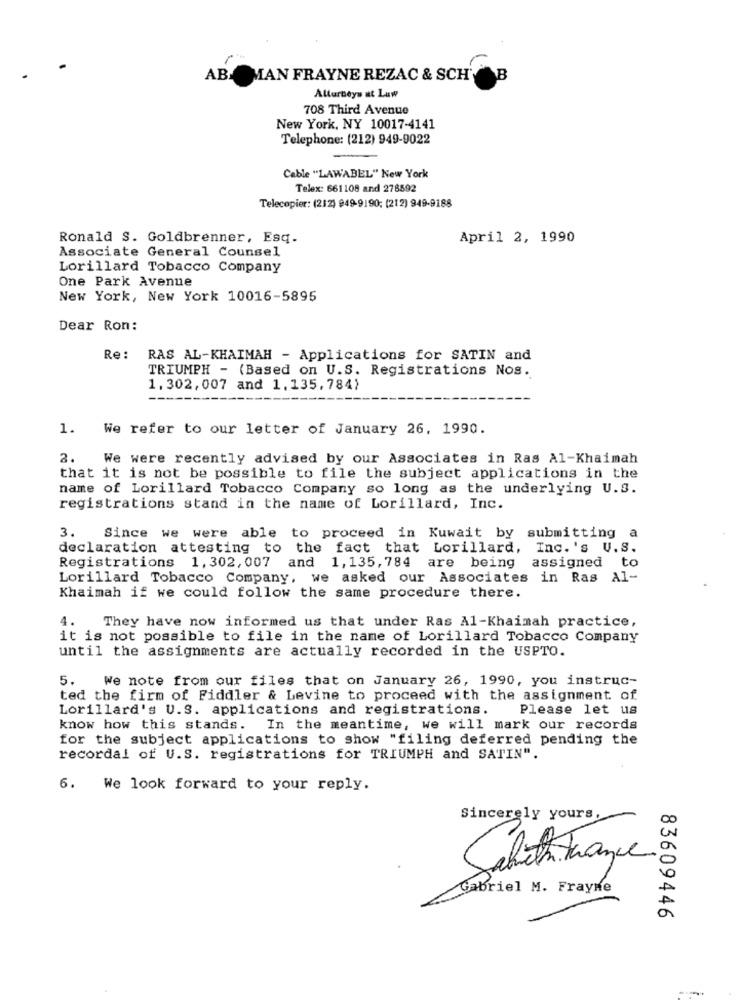
AB
MAN FRAYNE REZAC & SCH
Allurboys at Law
708 Third Avenue
New York, NY 10017-4141
Telephone: (212) 949-9022
Cable "LAWABEL" New York
Telex: 661108 and 278592
Telecopier: (212) 949-9190; (212) 949-9188
Ronald S. Goldbrenner, Esq.
April 2, 1990
Associate General Counsel
Lorillard Tobacco Company
One Park Avenue
New York, New York 10016-5895
Dear Ron:
Re:
RAS AL-KHAIMAH - Applications for SATIN and
TRIUMPH - (Based on U.S. Registrations Nos.
1,302,007 and 1.135,784)
1.
We refer to our letter of January 26, 1990.
2.
We were recently advised by our Associates in Ras Al-Khaimah
that it is not be possible to file the subject applications in the
name of Lorillard Tobacco Company so long as the underlying U.S.
registrations stand in the name of Lorillard, Inc.
3.
Since we were able to proceed in Kuwait by submitting a
declaration attesting to the fact that Lorillard,
Inc. 's U.S.
assigned to
Registrations 1,302, 007 and 1, 135, 784 are being
Lorillard Tobacco Company, we asked our Associates in Ras Al-
Khaimah if we could follow the same procedure there.
4.
They have now informed us that under Ras Al-Khaimah practice,
it is not possible to file in the name of Lorillard Tobacco Company
until the assignments are actually recorded in the USPTO.
5.
We note from our files that on January 26, 1990, you instruc-
ted the firm of Fiddler & Levine to proceed with the assignment of
Lorillard's U.S. applications and registrations.
Please let us
know how this stands. In the meantime, we will mark our records
for the subject applications to show "filing deferred pending the
recordal of U.S. registrations for TRIUMPH and SATIN".
6.
We look forward to your reply.
Sincerely yours,
Sabeth Trance
Gabriel M. Frayne
83609446